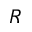
R